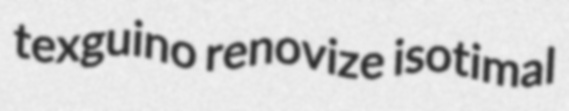
texguino renovize isotimal